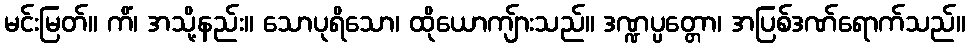
မင်းမြတ်။ ကိံ၊ အသို့နည်း။ သောပုရိသော၊ ထိုယောကျ်ားသည်။ ဒဏ္ဍပ္ပတ္တော၊ အပြစ်ဒဏ်ရောက်သည်။